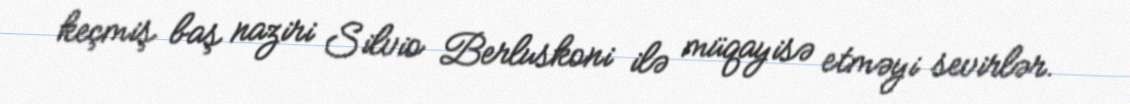
keçmiş baş naziri Silvio Berluskoni ilə müqayisə etməyi sevirlər.